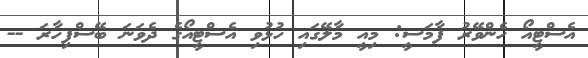
އެސްޓީއޯ ހެންވޭރު ފާމަސީ: މިއީ މާލޭގައި ހުޅުވި އެސްޓީއޯގެ ދެވަނަ ބޭސްފިހާރަ --